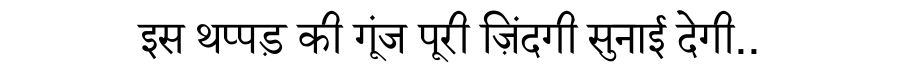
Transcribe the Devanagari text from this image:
इस थप्पड़ की गूंज पूरी ज़िंदगी सुनाई देगी..